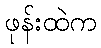
ဖုန်းထဲက